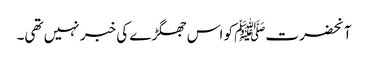
آنحضرتﷺ کو اس جھگڑے کی خبر نہیں تھی۔